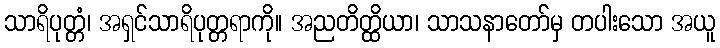
သာရိပုတ္တံ၊ အရှင်သာရိပုတ္တရာကို။ အညတိတ္ထိယာ၊ သာသနာတော်မှ တပါးသော အယူ